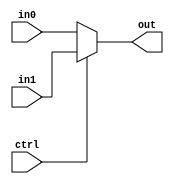
module MUX21_32bit(in0,in1,ctrl,out);
parameter Nob=32; 
input [Nob-1:0] in0;
input [Nob-1:0] in1;
input ctrl;
output reg [Nob-1:0] out;

always @(ctrl or in0 or in1)
begin
out=(ctrl)?in1:in0;
end

endmodule